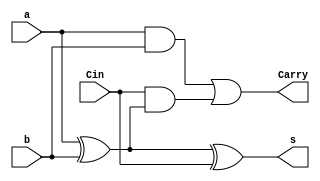
`timescale 1ns / 1ps

module full_adder(
    input a,
    input b,
    input Cin,
    output s,
    output Carry
);

assign s = a ^ b ^ Cin;
assign Carry = (a & b) | (Cin & (a ^ b));

endmodule